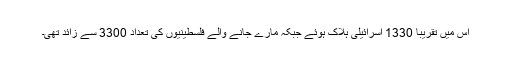
اس میں تقریبا 1330 اسرائیلی ہلاک ہوئے جبکہ مارے جانے والے فلسطینیوں کی تعداد 3300 سے زائد تھی۔